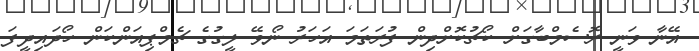
އޭނާ ވަނީ ރޮސެމްބާގަށް ކޯޗުކޮށްދިން ފުރަތަމަ އަހަރު ނޯވޭ ލީގުގެ ޗެމްޕިއަންކަން ހޯދައިދީފަ